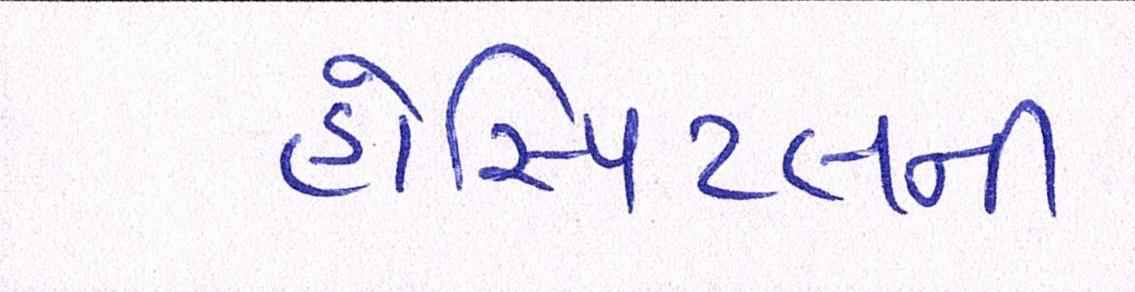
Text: હોસ્પિટલની